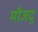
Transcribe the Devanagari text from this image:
मौजदू